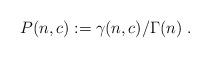
LaTeX: \begin{align*}P(n,c):=\gamma(n,c)/\Gamma(n)\;.\end{align*}